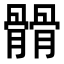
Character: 𩪆